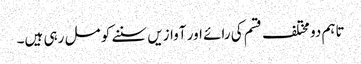
تاہم دو مختلف قسم کی رائے اور آوازیں سننے کو مل رہی ہیں۔